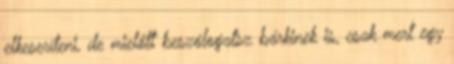
elkeseríteni, de mielőtt beszólogatsz bárkinek is, csak mert egy